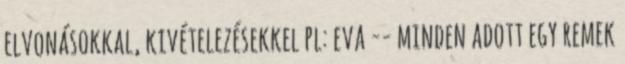
elvonásokkal, kivételezésekkel pl: eva -- minden adott egy remek